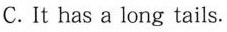
C. It has a long tails.